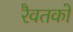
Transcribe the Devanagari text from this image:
रैवतको